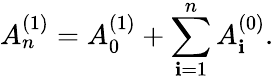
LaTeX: A_{n}^{(1)}=A_{0}^{(1)}+\sum_{\mathbf{i}=1}^{n}A_{\mathbf{i}}^{(0)}.